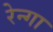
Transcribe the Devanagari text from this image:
रेन्गा